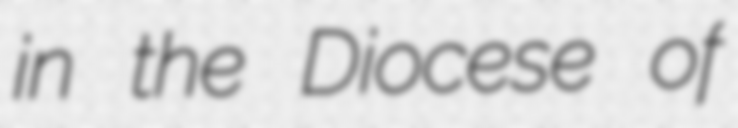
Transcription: in the Diocese of